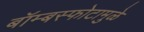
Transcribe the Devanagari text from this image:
बॉम्बस्फोटामुळे